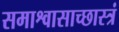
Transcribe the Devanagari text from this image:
समाश्वासाच्छास्त्रं